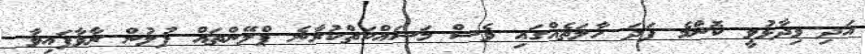
އަދި ވިދާޅުވީ ކޮންމެ ފަދަ ހާލަތެއްގައި ވެސް މަސައްކަތްކުރާނެ ޕްލޭންތައް ފުލުުން ރާވާފައިވާ